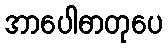
အာပေါဓာတုပေ